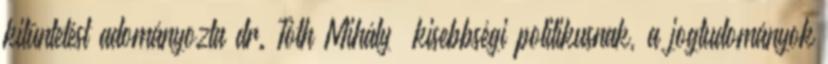
kitüntetést adományozta dr. Tóth Mihály „kisebbségi politikusnak, a jogtudományok